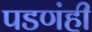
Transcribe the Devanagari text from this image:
पडणंही